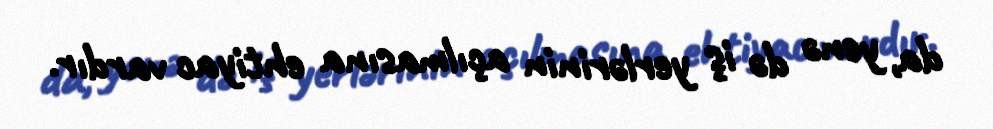
da, yenə də iş yerlərinin açılmasına ehtiyac vardır.